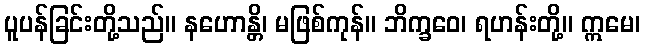
ပူပန်ခြင်းတို့သည်။ နဟောန္တိ၊ မဖြစ်ကုန်။ ဘိက္ခဝေ၊ ရဟန်းတို့။ ဣမေ၊